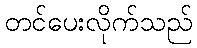
တင်ပေးလိုက်သည်